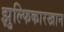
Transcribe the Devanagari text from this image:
झुल्फिकारखान